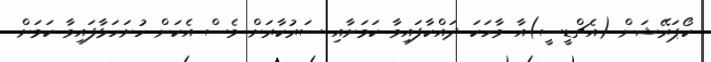
ކޯޕަރޭޝަން (އެޗްޑީސީ)އާ ވާހަކަ ދައްކާފައިވާ ކަމަށާއި ސަރުކާރަށް ވެސް އެކަން ހުށަހަޅާފައިވާ ކަމަށް